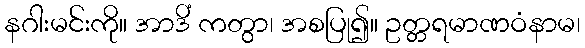
နဂါးမင်းကို။ အာဒိံ ကတွာ၊ အစပြု၍။ ဥတ္တရမာဏဝံနာမ၊